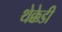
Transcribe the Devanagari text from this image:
थेक्केडी